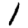
Digit: 1